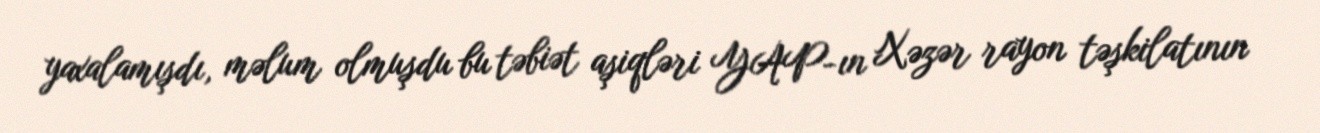
yaxalamışdı, məlum olmuşdu bu təbiət aşiqləri YAP-ın Xəzər rayon təşkilatının